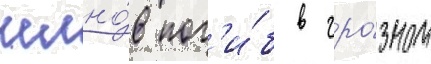
челно́в пог'и́б в гро́зном